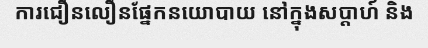
ការជឿនលឿនផ្នែកនយោបាយ នៅក្នុងសប្តាហ៍ និង